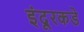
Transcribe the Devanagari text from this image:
इंदूरकडे